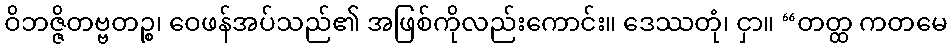
ဝိဘဇ္ဇိတဗ္ဗတဉ္စ၊ ဝေဖန်အပ်သည်၏ အဖြစ်ကိုလည်းကောင်း။ ဒေဿတုံ၊ ငှာ။ “တတ္ထ ကတမေ